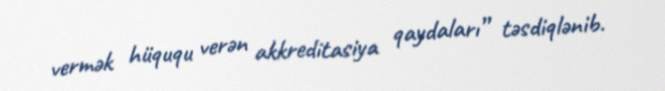
vermək hüququ verən akkreditasiya qaydaları” təsdiqlənib.